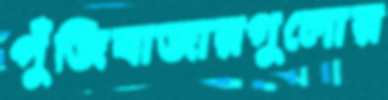
পুঁজিবাজারগুলোর